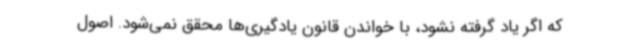
که اگر یاد گرفته نشود، با خواندن قانون یادگیری‌ها محقق نمی‌شود. اصول